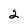
Character: 2